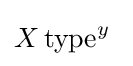
X\,\mathrm {type} ^{y}\